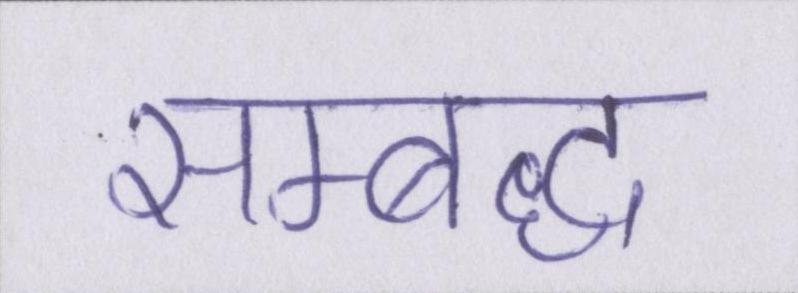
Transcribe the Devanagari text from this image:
सम्बध्द